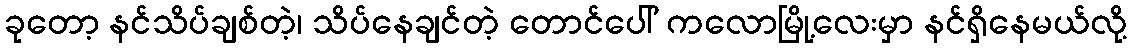
ခုတော့ နင်သိပ်ချစ်တဲ့၊ သိပ်နေချင်တဲ့ တောင်ပေါ် ကလောမြို့လေးမှာ နင်ရှိနေမယ်လို့